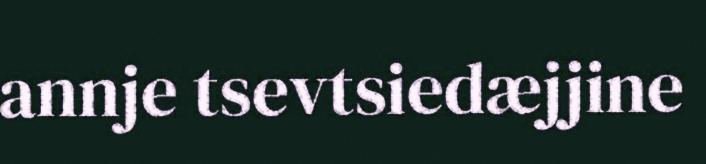
annje tsevtsiedæjjine